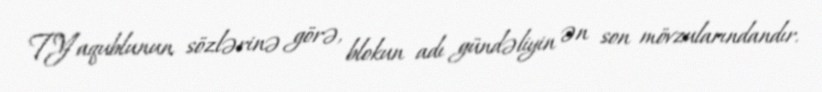
T.Yaqublunun sözlərinə görə, blokun adı gündəliyin ən son mövzularındandır.